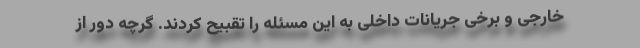
خارجی و برخی جریانات داخلی به این مسئله را تقبیح کردند. گرچه دور از